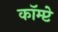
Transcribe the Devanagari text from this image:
कॉम्प्टे